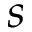
s